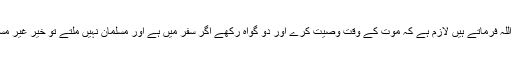
سدی رحمۃ اللہ فرماتے ہیں لازم ہے کہ موت کے وقت وصیت کرے اور دو گواہ رکھے اگر سفر میں ہے اور مسلمان نہیں ملتے تو خیر غیر مسلم ہی سہی ۔